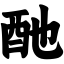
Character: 酏